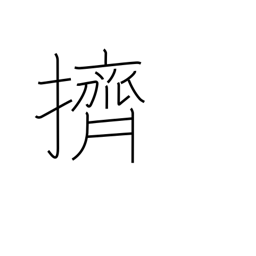
Meaning: push aside